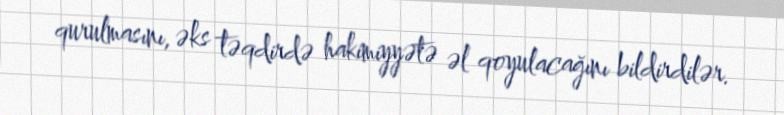
qurulmasını, əks təqdirdə hakimiyyətə əl qoyulacağını bildirdilər.